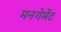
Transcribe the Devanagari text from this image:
मनगेमेंट